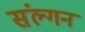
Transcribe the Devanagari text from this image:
संल्गन